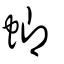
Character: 蝍